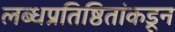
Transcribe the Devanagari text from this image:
लब्धप्रतिष्ठितांकडून